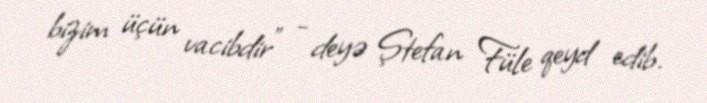
bizim üçün vacibdir" - deyə Ştefan Füle qeyd edib.